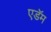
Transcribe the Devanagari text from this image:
एडॅम